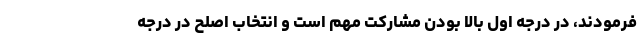
فرمودند، در درجه اول بالا بودن مشارکت مهم است و انتخاب اصلح در درجه